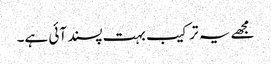
مجھے یہ ترکیب بہت پسند آئی ہے۔